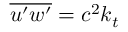
\overline { { u ^ { \prime } w ^ { \prime } } } = c ^ { 2 } k _ { t }